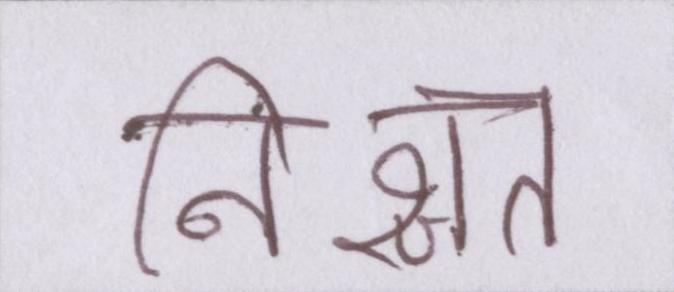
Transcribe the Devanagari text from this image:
निश्चत